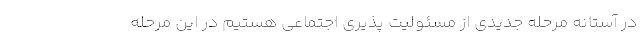
در آستانه مرحله جدیدی از مسئولیت پذیری اجتماعی هستیم در این مرحله